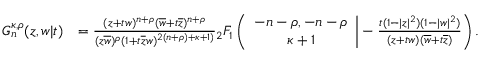
\begin{array} { r l } { G _ { n } ^ { \kappa , \rho } ( z , w | t ) } & { = \frac { ( z + t w ) ^ { n + \rho } ( \overline { { w } } + t \overline { { z } } ) ^ { n + \rho } } { ( z \overline { { w } } ) ^ { \rho } ( 1 + t \overline { { z } } w ) ^ { 2 ( n + \rho ) + \kappa + 1 ) } } { _ 2 F _ { 1 } } \left( \begin{array} { c } { - n - \rho , - n - \rho } \\ { \kappa + 1 } \end{array} \bigg | - \frac { t ( 1 - | z | ^ { 2 } ) ( 1 - | w | ^ { 2 } ) } { ( z + t w ) ( \overline { { w } } + t \overline { { z } } ) } \right) . } \end{array}